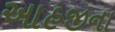
આહજીના